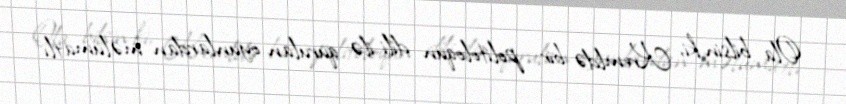
Ola bilsin ki, Kremldə bir politoloqun dili ilə qurulan oyunlardan məlumatlı